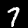
Label: 7